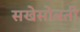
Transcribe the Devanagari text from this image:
सखेसोबती